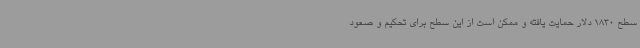
سطح 1830 دلار حمایت یافته و ممکن است از این سطح برای تحکیم و صعود